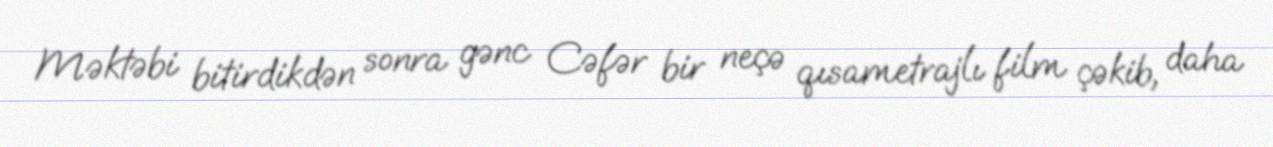
Məktəbi bitirdikdən sonra gənc Cəfər bir neçə qısametrajlı film çəkib, daha